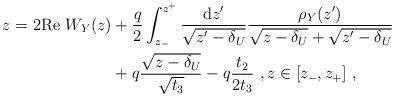
LaTeX: \begin{align*}\begin{aligned}z=2\mathrm{Re}\ W_Y(z)&+\frac{q}{2}\int_{z_-}^{z^+}\frac{\mathrm{d}z'}{\sqrt{z'-\delta_U}}\frac{\rho_Y(z')}{\sqrt{z-\delta_U}+\sqrt{z'-\delta_U}}\\ &+q\frac{\sqrt{z-\delta_U}}{\sqrt{t_3}}-q\frac{t_2}{2t_3}\ ,z\in[z_-,z_+]\ ,\end{aligned}\end{align*}